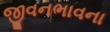
જીવનભાવના